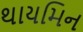
થાયમિન